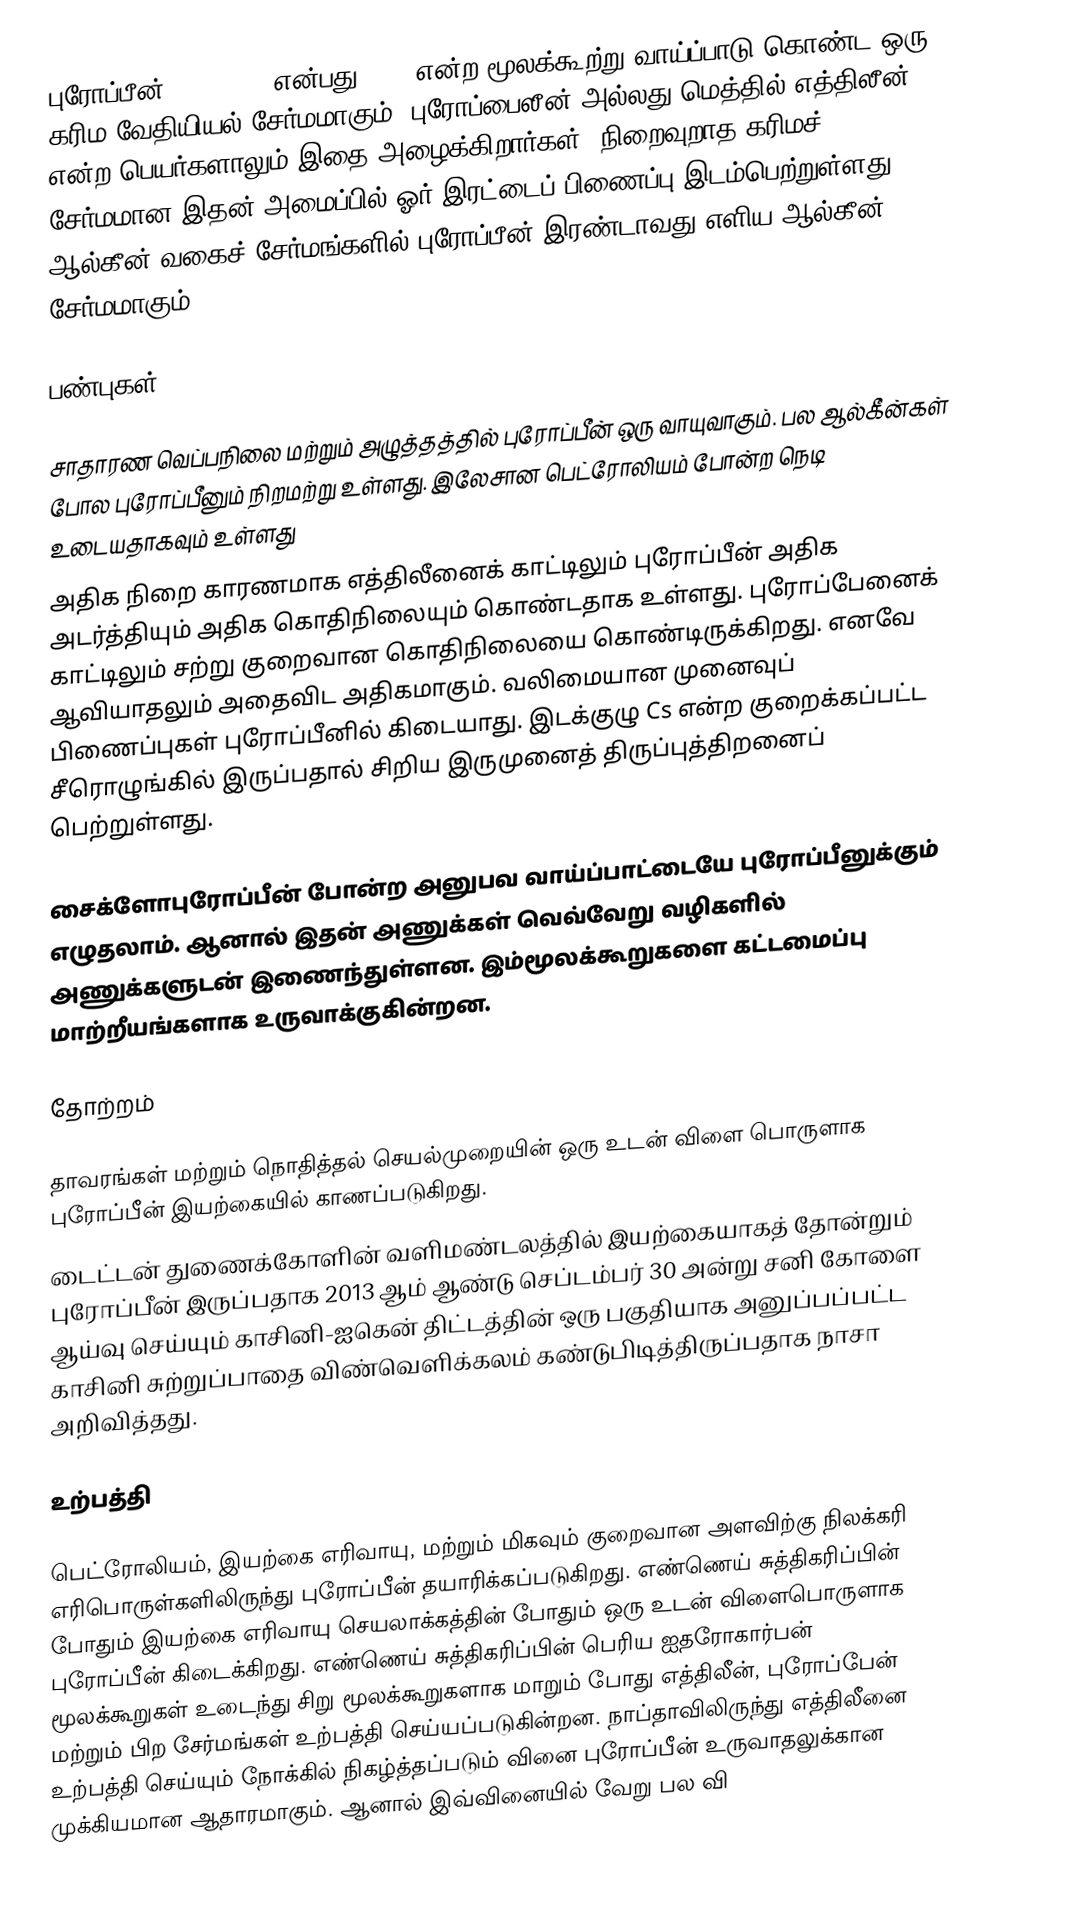
புரோப்பீன் (Propene) என்பது C3H6 என்ற மூலக்கூற்று வாய்ப்பாடு கொண்ட ஒரு கரிம வேதியியல் சேர்மமாகும். புரோப்பைலீன் அல்லது மெத்தில் எத்திலீன் என்ற பெயர்களாலும் இதை அழைக்கிறார்கள். நிறைவுறாத கரிமச் சேர்மமான இதன் அமைப்பில் ஓர் இரட்டைப் பிணைப்பு இடம்பெற்றுள்ளது. ஆல்கீன் வகைச் சேர்மங்களில் புரோப்பீன் இரண்டாவது எளிய ஆல்கீன் சேர்மமாகும்.

பண்புகள்

சாதாரண வெப்பநிலை மற்றும் அழுத்தத்தில் புரோப்பீன் ஒரு வாயுவாகும். பல ஆல்கீன்கள் போல புரோப்பீனும் நிறமற்று உள்ளது. இலேசான பெட்ரோலியம் போன்ற நெடி உடையதாகவும்  உள்ளது
அதிக நிறை காரணமாக எத்திலீனைக் காட்டிலும் புரோப்பீன் அதிக அடர்த்தியும் அதிக கொதிநிலையும் கொண்டதாக உள்ளது. புரோப்பேனைக் காட்டிலும் சற்று குறைவான கொதிநிலையை கொண்டிருக்கிறது. எனவே ஆவியாதலும் அதைவிட அதிகமாகும். வலிமையான முனைவுப் பிணைப்புகள் புரோப்பீனில் கிடையாது. இடக்குழு Cs என்ற குறைக்கப்பட்ட சீரொழுங்கில் இருப்பதால் சிறிய இருமுனைத் திருப்புத்திறனைப் பெற்றுள்ளது.

சைக்ளோபுரோப்பீன் போன்ற அனுபவ வாய்ப்பாட்டையே புரோப்பீனுக்கும் எழுதலாம். ஆனால் இதன் அணுக்கள் வெவ்வேறு வழிகளில் அணுக்களுடன் இணைந்துள்ளன. இம்மூலக்கூறுகளை கட்டமைப்பு மாற்றீயங்களாக உருவாக்குகின்றன.

தோற்றம்

தாவரங்கள் மற்றும் நொதித்தல் செயல்முறையின் ஒரு உடன் விளை பொருளாக புரோப்பீன் இயற்கையில் காணப்படுகிறது.
டைட்டன் துணைக்கோளின் வளிமண்டலத்தில் இயற்கையாகத் தோன்றும் புரோப்பீன் இருப்பதாக 2013 ஆம் ஆண்டு செப்டம்பர் 30 அன்று சனி கோளை ஆய்வு செய்யும் காசினி-ஐகென் திட்டத்தின் ஒரு பகுதியாக அனுப்பப்பட்ட காசினி சுற்றுப்பாதை விண்வெளிக்கலம் கண்டுபிடித்திருப்பதாக நாசா அறிவித்தது.

உற்பத்தி

பெட்ரோலியம், இயற்கை எரிவாயு, மற்றும் மிகவும் குறைவான அளவிற்கு நிலக்கரி எரிபொருள்களிலிருந்து புரோப்பீன் தயாரிக்கப்படுகிறது. எண்ணெய் சுத்திகரிப்பின் போதும் இயற்கை எரிவாயு செயலாக்கத்தின் போதும் ஒரு உடன் விளைபொருளாக புரோப்பீன் கிடைக்கிறது. எண்ணெய் சுத்திகரிப்பின் பெரிய ஐதரோகார்பன் மூலக்கூறுகள் உடைந்து சிறு மூலக்கூறுகளாக மாறும் போது எத்திலீன், புரோப்பேன் மற்றும் பிற சேர்மங்கள் உற்பத்தி செய்யப்படுகின்றன. நாப்தாவிலிருந்து எத்திலீனை உற்பத்தி செய்யும் நோக்கில் நிகழ்த்தப்படும் வினை புரோப்பீன் உருவாதலுக்கான முக்கியமான ஆதாரமாகும். ஆனால் இவ்வினையில் வேறு பல வி